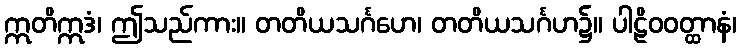
ဣတိဣဒံ၊ ဤသည်ကား။ တတိယသင်္ဂဟေ၊ တတိယသင်္ဂဟ၌။ ပါဠိဝဝတ္ထာနံ၊